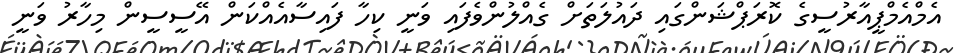
އެމްއެމްޕީއާރުސީގެ ކޮރަަޕްޝަންގައި ދައުލަތަށް ގެއްލުންވެފައި ވަނީ ކިހާ ފައިސާއެއްކަން އޭސީސީން މިހާރު ވަނީ